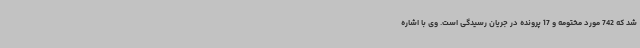
شد که 742 مورد مختومه و 17 پرونده در جریان رسیدگی است. وی با اشاره